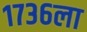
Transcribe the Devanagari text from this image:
१७३६ला